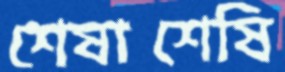
শেষাশেষি